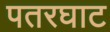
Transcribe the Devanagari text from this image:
पतरघाट